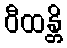
ဝီထန္တိ